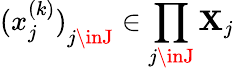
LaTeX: {(x_{j}^{(k)})}_{j\inJ}\in\prod_{j\inJ}\mathbf{X}_{j}